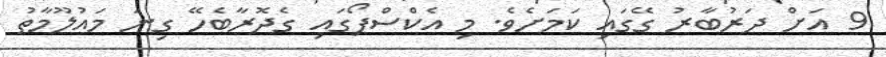
9 އަށް ދަރުބާރު ގޭގައި ކަމަށެވެ. މި އެކްސްޕޯގައި ގެދޮރާބެހޭ ގިނަ މައުލޫމާތު